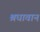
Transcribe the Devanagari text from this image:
श्रधावान